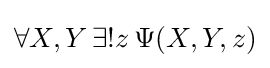
\forall X,Y\,\exists !z\,\Psi (X,Y,z)